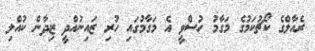
ރެއާލްގެ ކޯޗުކަމުގެ މަގާމު ހުސްވީ އެ މަގާމުގައި ހުރި ޒައިނުއްދީ ޒިދާން ކުއްލި